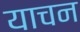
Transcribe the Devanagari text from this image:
याचन